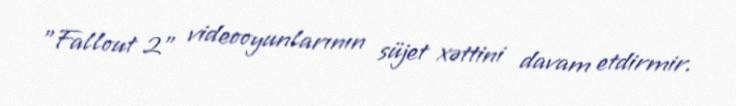
"Fallout 2" videooyunlarının süjet xəttini davam etdirmir.